Papers set at the Examination for Leaving Certificates, 1891
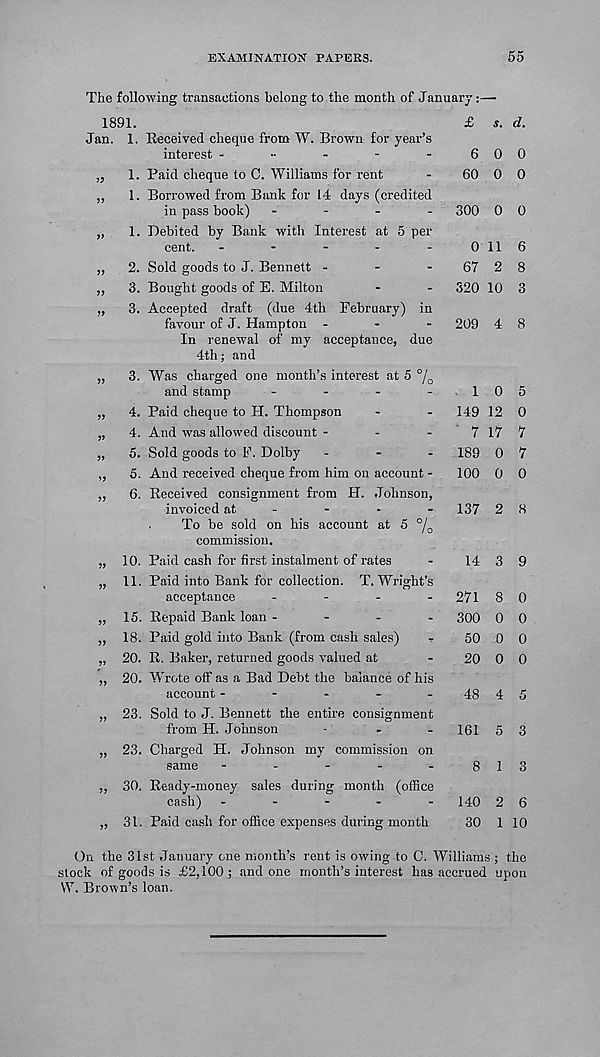
EXAMINATION PAPERS.
55
The following transactions belong to the month of January:
1891.
Jan. 1. Received cheque from W. Brown for year’s
interest
„ 1. Paid cheque to C. Williams for rent
„
1. Borrowed from Bank for 14 days (credited
in pass book) -
-
.
.
„
1. Debited by Bank with Interest at 5 per
cent. -
-
-
-
-
»
55
55
5»
5>
>5
55
55
55
55
55
55
55
55
55
55
55
2. Sold goods to J. Bennett -
-
-
3. Bought goods of E. Milton
3. Accepted draft (due 4th February) in
favour of J. Hampton -
-
-
In renewal of my acceptance, due
4th; and
3. Was charged one month’s interest at 5 °/ 0
and stamp
.
.
.
.
4. Paid cheque to H. Thompson
4. And was allowed discount -
-
-
5. Sold goods to F. Dolby .
-
.
5. And received cheque from him on account -
6. Received consignment from H. Johnson,
invoiced at
-
To be sold on his account at 5 %
commission.
10. Paid cash for first instalment of rates
11. Paid into Bank for collection. T. Wright’s
acceptance
.
-
-
-
15. Repaid Bank loan -
-
-
-
18. Paid gold into Bank (from cash sales)
20. R. Baker, returned goods valued at
20. Wrote off as a Bad Debt the balance of his
account -----
23. Sold to J. Bennett the entire consignment
from H. Johnson
23. Charged H. Johnson my commission on
same -
-
-
-
-
30. Ready-money sales during month (office
cash) -
-
-
-
-
31. Paid cash for office expenses during month
£
6
60
300
0
67
520
209
. 1
149
7
189
100
137
14
271
300
50
20
48
161
8
140
30
s. d.
0 0
0 0
0 0
11 6
2 8
10 3
4 8
0 5
12 0
17 7
0 7
0 0
2 8
3 9
8 0
0 0
0 0
0 0
4 5
5 3
1 3
2 6
1 10
On the 31st January one month’s rent is owing to C. Williams ; the
stock of goods is £2,100 ; and one month’s interest has accrued upon
W. Brown’s loan.